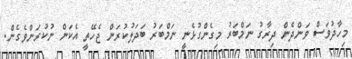
މިހާދުވަސް ވަންދެން ދިރާގު ނަމްބަރު މިގެންގުޅެނީ ނަމްބަރު ބަދަލުކުރަން ޖެެހޭތީ އެކަން ނުކުރަންވެގެން.